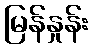
မြန်နှုန်း